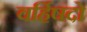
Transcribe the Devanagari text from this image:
वर्हिषदो